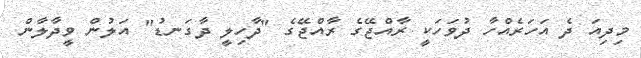
މިދިއަ ދެ އަހަރެއްހާ ދުވަހަކީ ރާއްޖޭގެ ރާއްޖޭގެ "ދާހިލީ ދާގަނޑު" އަލުން ވީދާލާން